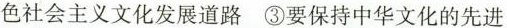
色社会主义文化发展道路 ③要保持中华文化的先进